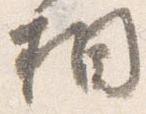
相